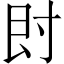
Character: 𡬠